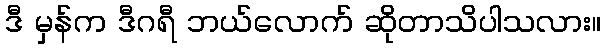
ဒီ မှန်က ဒီဂရီ ဘယ်လောက် ဆိုတာသိပါသလား။